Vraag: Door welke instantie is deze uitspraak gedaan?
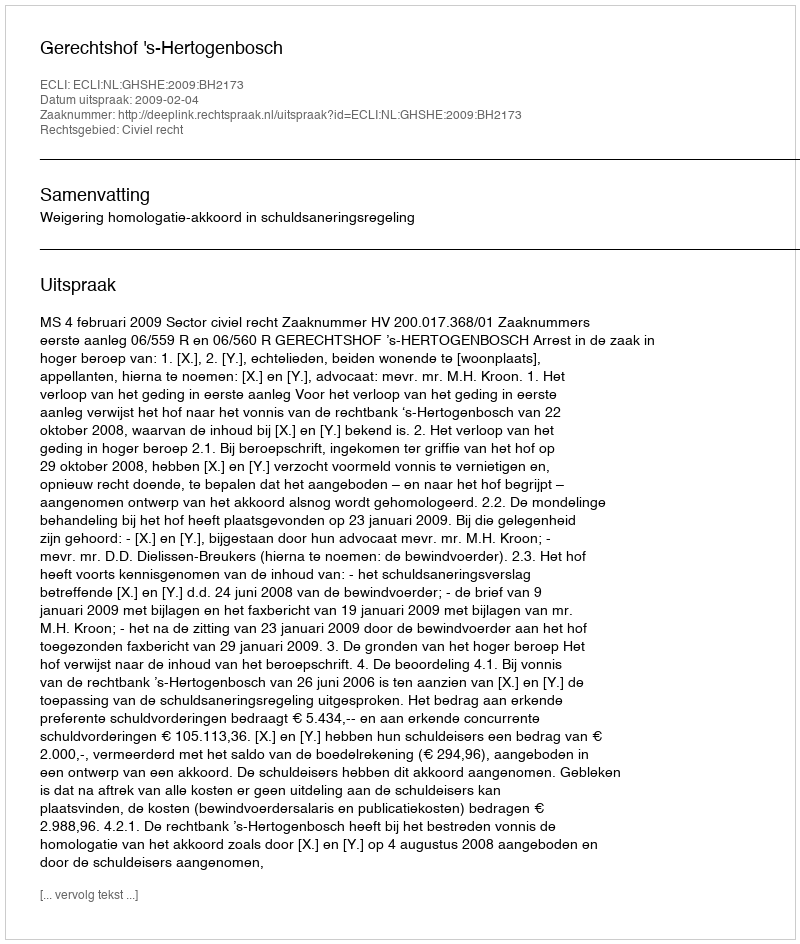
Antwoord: Gerechtshof 's-Hertogenbosch